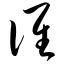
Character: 谁